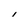
Character: i